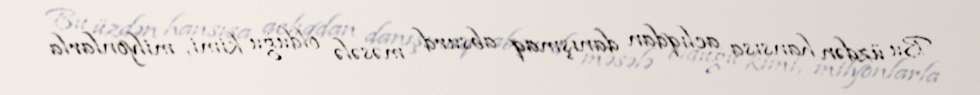
Bu üzdən hansısa aclıqdan danışmaq absurd məsələ olduğu kimi, milyonlarla